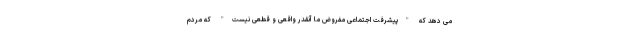
می دهد که "پیشرفت اجتماعی مفروض ما آنقدر واقعی و قطعی نیست" که مردم